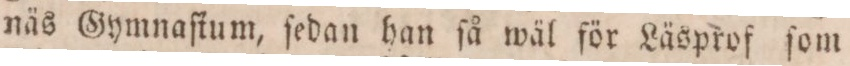
näs Gymnaſtum, ſedan han ſå wäl för Läsprof ſom